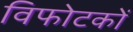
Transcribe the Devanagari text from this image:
विफोटकों